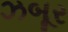
ઝબૂર